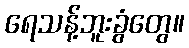
ရေသန့်ဘူးခွံတွေ။